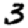
Digit: 3